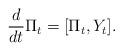
LaTeX: \begin{align*}\frac{d}{dt}\Pi_t=[\Pi_t,Y_t].\end{align*}